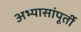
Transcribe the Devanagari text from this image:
अभ्यासांपूर्ती